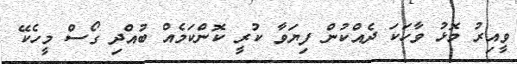
ވީއިރު މޮޅު ވާހަކަ ދެއްކުން ފިޔަވާ ކުރީ ކޮންކަމެއް ބުއްދި ގޯސް މީހެކޭ